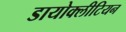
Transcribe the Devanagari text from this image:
डायोक्लीटियन